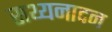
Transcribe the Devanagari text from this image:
सथ्यनादन